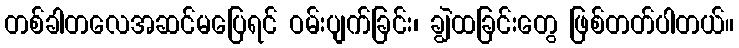
တစ်ခါတလေအဆင်မပြေရင် ဝမ်းပျက်ခြင်း၊ ချွဲထခြင်းတွေ ဖြစ်တတ်ပါတယ်။